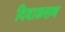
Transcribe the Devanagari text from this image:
दिवाळसण